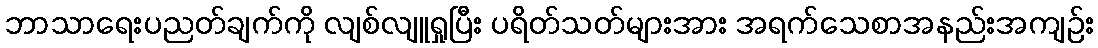
ဘာသာရေးပညတ်ချက်ကို လျစ်လျူရှုပြီး ပရိတ်သတ်များအား အရက်သေစာအနည်းအကျဉ်း